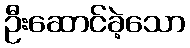
ဦးဆောင်ခဲ့သော